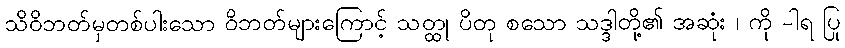
သိဝိဘတ်မှတစ်ပါးသော ဝိဘတ်များကြောင့် သတ္ထု ပိတု စသော သဒ္ဒါတို့၏ အဆုံး ၊ ကို -ါရ ပြု